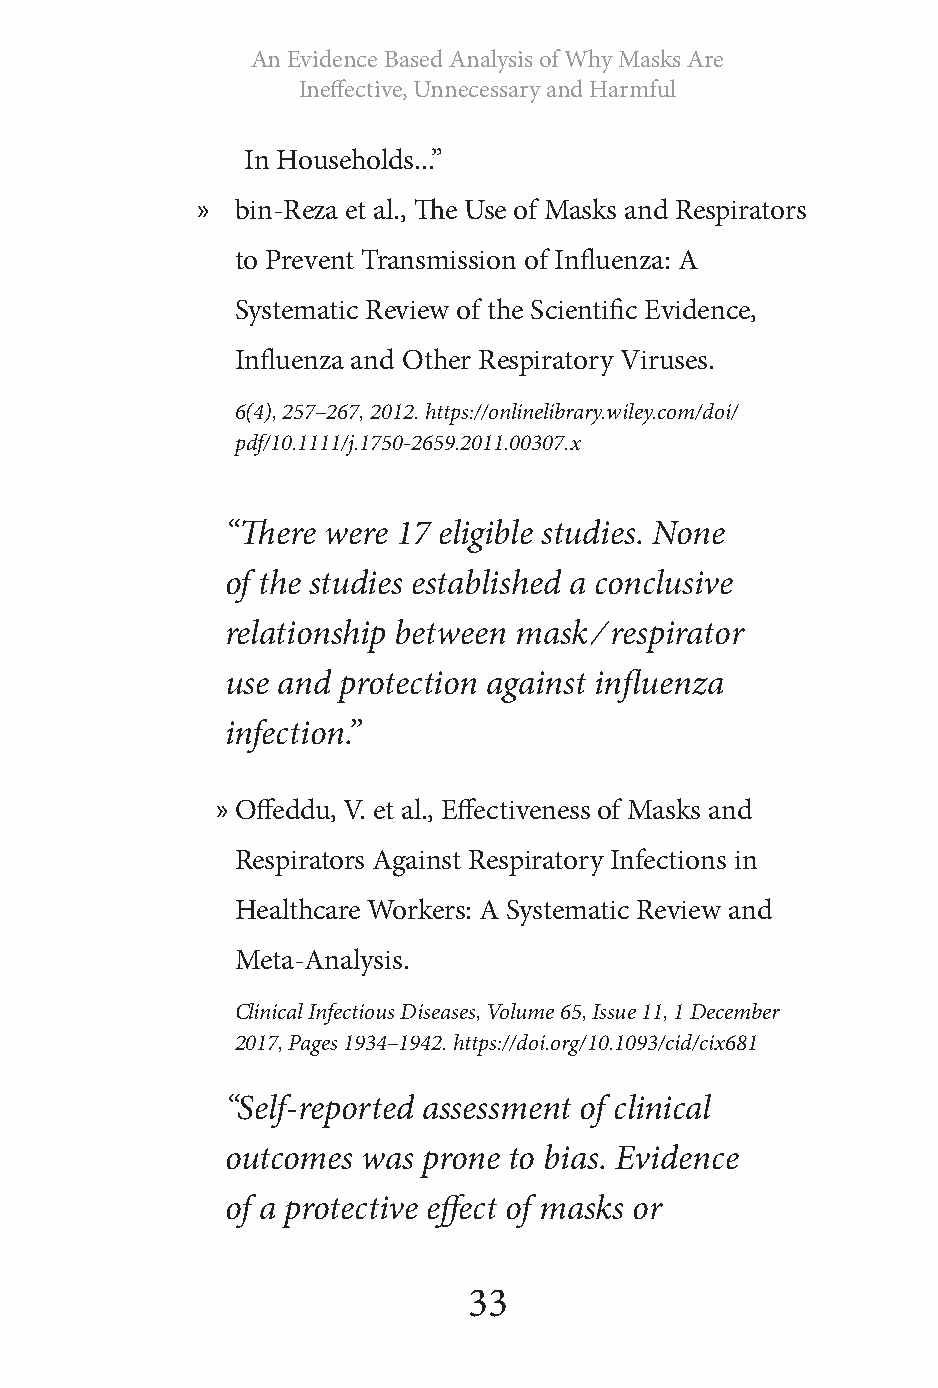
An Evidence Based Analysis of Why Masks Are
 Ineffective, Unnecessary and Harmful
 In Households...”
 »  bin-Reza et al., The Use of Masks and Respirators
 to Prevent Transmission of Influenza: A
 Systematic Review of the Scientific Evidence,
 Influenza and Other Respiratory Viruses.
 6(4), 257–267, 2012. https://onlinelibrary.wiley.com/doi/
 pdf/10.1111/j.1750-2659.2011.00307.x
 “There were 17 eligible studies. None
 of the studies established a conclusive
 relationship between mask ⁄ respirator
 use and protection against influenza
 infection.”
 » Offeddu, V. et al., Effectiveness of Masks and
 Respirators Against Respiratory Infections in
 Healthcare Workers: A Systematic Review and
 Meta-Analysis.
 Clinical Infectious Diseases, Volume 65, Issue 11, 1 December
 2017, Pages 1934–1942. https://doi.org/10.1093/cid/cix681
 “Self-reported assessment of clinical
 outcomes was prone to bias. Evidence
 of a protective effect of masks or
 33